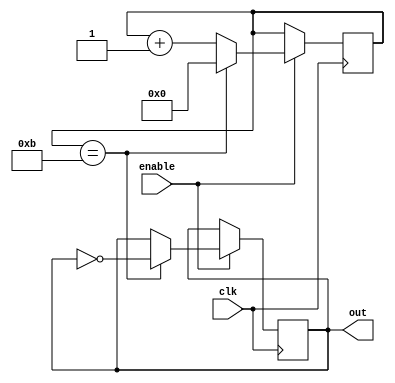
module clock_divider (
    input wire clk,
    input wire enable,
    output reg out
);

reg [3:0] counter;

always @(posedge clk) begin
    if (enable) begin
        counter <= counter + 1;

        if (counter == 4'b1011) begin
            counter <= 0;
            out <= ~out;
        end
    end
end

endmodule